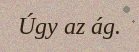
Úgy az ág.